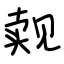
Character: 觌